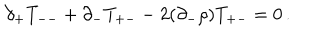
\partial _ { + } T _ { -- } + \partial _ { - } T _ { + - } - 2 ( \partial _ { - } \rho ) T _ { + - } = 0 \, .